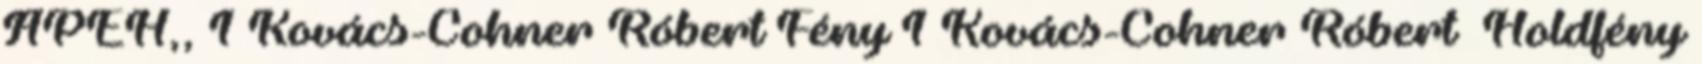
APEH,, 1 Kovács-Cohner Róbert Fény 1 Kovács-Cohner Róbert Holdfény